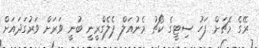
ރޭގެ މެޗަށް ފަހު ސިޓީގެ ކޯޗު މެނުއަލް ޕެލެގްރީނީ ބުނީ ވަރަށް ވަރުގަދައަށް